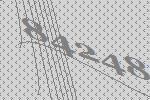
84248